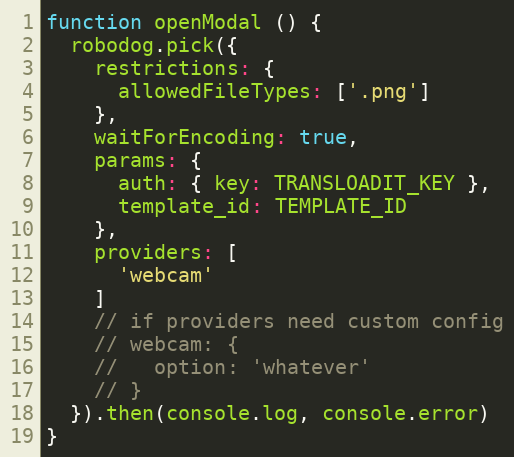
Language: JavaScript
function openModal () {
  robodog.pick({
    restrictions: {
      allowedFileTypes: ['.png']
    },
    waitForEncoding: true,
    params: {
      auth: { key: TRANSLOADIT_KEY },
      template_id: TEMPLATE_ID
    },
    providers: [
      'webcam'
    ]
    // if providers need custom config
    // webcam: {
    //   option: 'whatever'
    // }
  }).then(console.log, console.error)
}